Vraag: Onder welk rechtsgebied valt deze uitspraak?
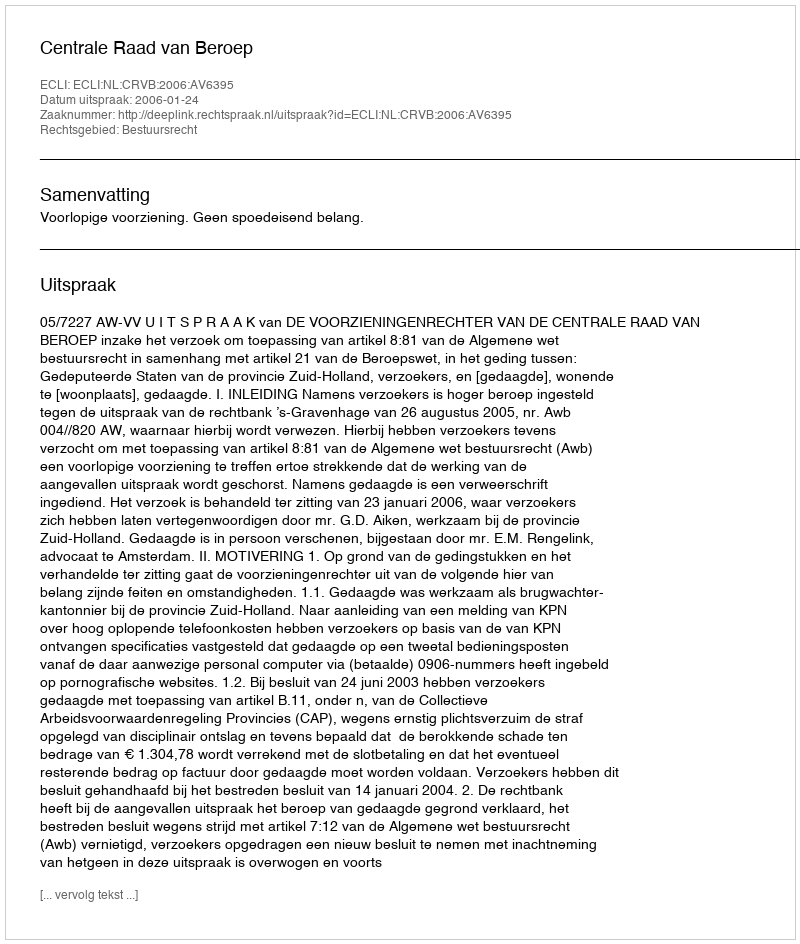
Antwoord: Bestuursrecht